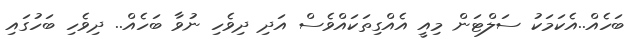
ބަހެއް..އެކަމަކު ސަލްޓަން މިއީ އެއްގިތަކައްވެސް އަދި ދިވެހި ނުވާ ބަހެއް.. ދިވެހި ބަހުގައި